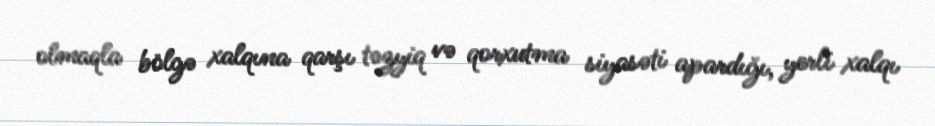
olmaqla bölgə xalqına qarşı təzyiq və qorxutma siyasəti apardığı, yerli xalqı